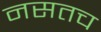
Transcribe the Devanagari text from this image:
नसतच